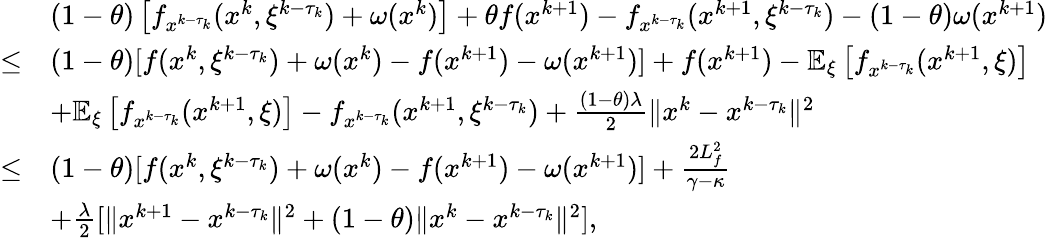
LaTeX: \begin{array}{rl}&{(1-\theta)\left[f_{x^{k-\tau_{k}}}(x^{k},\xi^{k-\tau_{k}})+\omega(x^{k})\right]+\theta f(x^{k+1})-f_{x^{k-\tau_{k}}}(x^{k+1},\xi^{k-\tau_{k}})-(1-\theta)\omega(x^{k+1})}\\ {\leq}&{(1-\theta)[f(x^{k},\xi^{k-\tau_{k}})+\omega(x^{k})-f(x^{k+1})-\omega(x^{k+1})]+f(x^{k+1})-\mathbb{E}_{\xi}\left[f_{x^{k-\tau_{k}}}(x^{k+1},\xi)\right]}\\ &{+\mathbb{E}_{\xi}\left[f_{x^{k-\tau_{k}}}(x^{k+1},\xi)\right]-f_{x^{k-\tau_{k}}}(x^{k+1},\xi^{k-\tau_{k}})+\frac{(1-\theta)\lambda}{2}\| x^{k}-x^{k-\tau_{k}}\| ^{2}}\\ {\leq}&{(1-\theta)[f(x^{k},\xi^{k-\tau_{k}})+\omega(x^{k})-f(x^{k+1})-\omega(x^{k+1})]+\frac{2L_{f}^{2}}{\gamma-\kappa}}\\ &{+\frac{\lambda}{2}[\| x^{k+1}-x^{k-\tau_{k}}\| ^{2}+(1-\theta)\| x^{k}-x^{k-\tau_{k}}\| ^{2}],}\end{array}